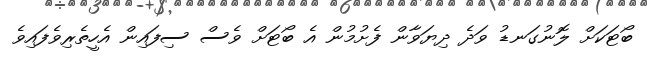
ބޯޓަކަށް ލޮނުގަނޑު ވަދެ ދިޔަވާން ފެށުމުން އެ ބޯޓަށް ވެސް ސިފައިން އެހީތެރިވެފައިވެ